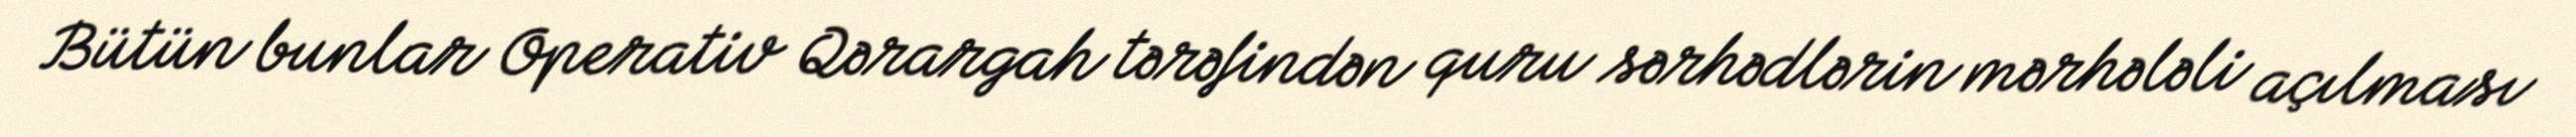
Bütün bunlar Operativ Qərargah tərəfindən quru sərhədlərin mərhələli açılması